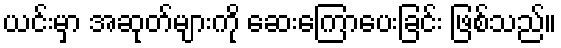
ယင်းမှာ အဆုတ်များကို ဆေးကြောပေးခြင်း ဖြစ်သည်။